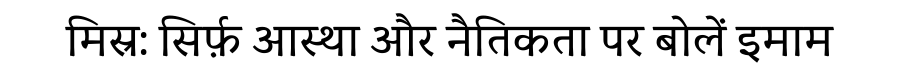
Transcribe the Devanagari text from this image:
मिस्र: सिर्फ़ आस्था और नैतिकता पर बोलें इमाम